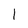
Character: 1